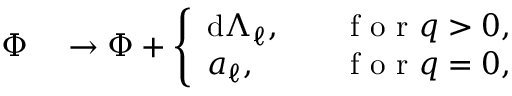
\begin{array} { r l } { \Phi } & { { } \to \Phi + \left\{ \begin{array} { l l } { \mathrm { d } \Lambda _ { \ell } , } & { \quad \mathrm { ~ f ~ o ~ r ~ } q > 0 , } \\ { a _ { \ell } , } & { \quad \mathrm { ~ f ~ o ~ r ~ } q = 0 , } \end{array} \right. } \end{array}